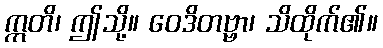
ဣတိ၊ ဤသို့။ ဝေဒိတဗ္ဗာ၊ သိထိုက်၏။